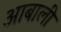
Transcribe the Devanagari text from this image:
आबाली